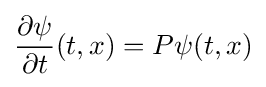
{\frac {\partial \psi }{\partial t}}(t,x)=P\psi (t,x)